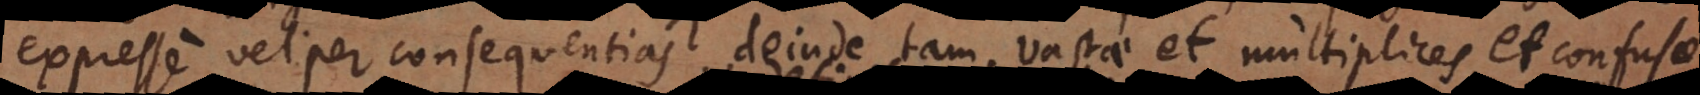
expresse vel per consequentias; deinde tam vastae et multiplices, et confusae